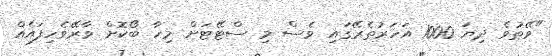
"ވޭތުވެ ދިޔަ 1000 އަހަރުތެރޭގައި ވެސް މި ސްޓޭޓަށް މިހާ ބޯކޮށް ވާރޭވެހިފައެއް